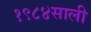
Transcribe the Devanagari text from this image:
१९८४साली